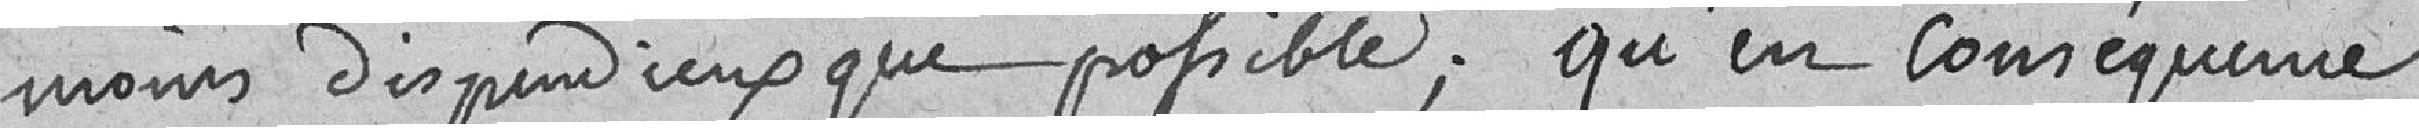
moins dispendieux que possible; qu'en conséquence